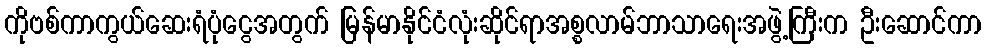
ကိုဗစ်ကာကွယ်ဆေးရံပုံငွေအတွက် မြန်မာနိုင်ငံလုံးဆိုင်ရာအစ္စလာမ်ဘာသာရေးအဖွဲ့ကြီးက ဦးဆောင်ကာ